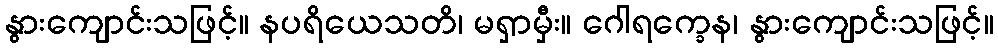
နွားကျောင်းသဖြင့်။ နပရိယေသတိ၊ မရှာမှီး။ ဂေါရက္ခေန၊ နွားကျောင်းသဖြင့်။